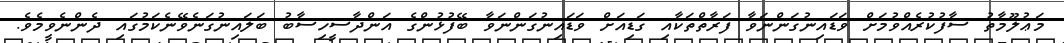
މަޢުލޫމާތު ސާފުކުރެއްވުމަށް ވަޑައިނުގަންނަވާ ފަރާތްތަކާއި ގަޑިއަށް ވަޑައިނުގަންނަވާ ބޭފުޅުންގެ އަންދާސީހިސާބު ބަލައިނުގަނެވޭނެކަމުގައި ދެންނެވީމެވެ.